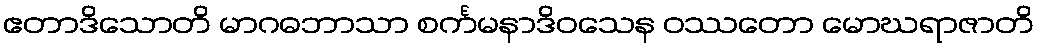
ဧတာဒိသောတိ မာဂဓဘာသာ စင်္ကမနာဒိဝသေန ဝဿတော မောဃရာဇာတိ